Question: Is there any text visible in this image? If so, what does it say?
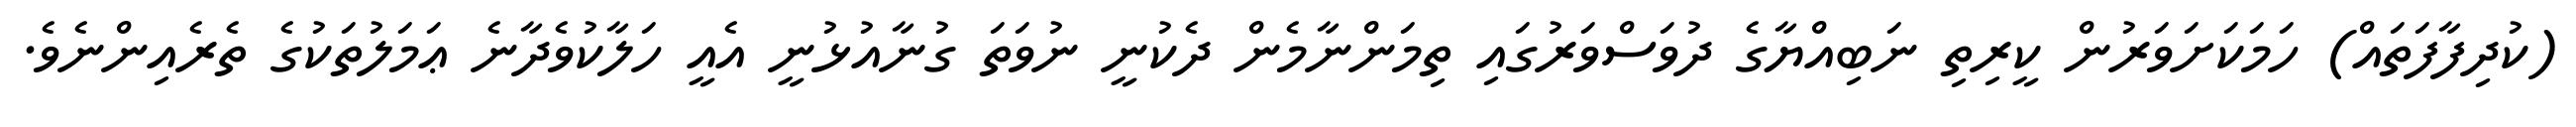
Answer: (ކުދިފާފަތައް) ހަމަކަށަވަރުން ކީރިތި ނަބިއްޔާގެ ދުވަސްވަރުގައި ތިމަންނާމެން ދެކުނީ ނުވަތަ ގުނާއުޅުނީ އެއީ ހަލާކުވެދާނެ ޢަމަލުތަކުގެ ތެރެއިންނެވެ.